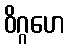
ဝိဂ္ဂဟေ